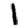
Digit: 1